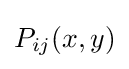
P_{ij}(x,y)